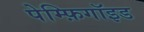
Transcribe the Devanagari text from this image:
पेम्फ़िगॉइड